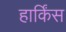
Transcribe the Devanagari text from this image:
हार्किंस